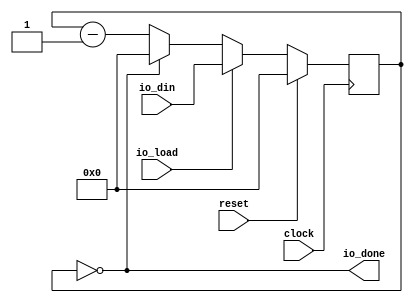
module timer(
  input        clock,
  input        reset,
  input  [7:0] io_din,
  input        io_load,
  output       io_done
);
`ifdef RANDOMIZE_REG_INIT
  reg [31:0] _RAND_0;
`endif // RANDOMIZE_REG_INIT
  reg [7:0] cntReg; // @[timer.scala 9:28]
  wire [7:0] _cntReg_T_1 = cntReg - 8'h1; // @[timer.scala 14:28]
  assign io_done = cntReg == 8'h0; // @[timer.scala 10:28]
  always @(posedge clock) begin
    if (reset) begin // @[timer.scala 9:28]
      cntReg <= 8'h0; // @[timer.scala 9:28]
    end else if (io_load) begin // @[timer.scala 11:24]
      cntReg <= io_din; // @[timer.scala 12:17]
    end else if (~io_done) begin // @[timer.scala 13:30]
      cntReg <= _cntReg_T_1; // @[timer.scala 14:17]
    end else begin
      cntReg <= 8'h0; // @[timer.scala 16:17]
    end
  end
// Register and memory initialization
`ifdef RANDOMIZE_GARBAGE_ASSIGN
`define RANDOMIZE
`endif
`ifdef RANDOMIZE_INVALID_ASSIGN
`define RANDOMIZE
`endif
`ifdef RANDOMIZE_REG_INIT
`define RANDOMIZE
`endif
`ifdef RANDOMIZE_MEM_INIT
`define RANDOMIZE
`endif
`ifndef RANDOM
`define RANDOM $random
`endif
`ifdef RANDOMIZE_MEM_INIT
  integer initvar;
`endif
`ifndef SYNTHESIS
`ifdef FIRRTL_BEFORE_INITIAL
`FIRRTL_BEFORE_INITIAL
`endif
initial begin
  `ifdef RANDOMIZE
    `ifdef INIT_RANDOM
      `INIT_RANDOM
    `endif
    `ifndef VERILATOR
      `ifdef RANDOMIZE_DELAY
        #`RANDOMIZE_DELAY begin end
      `else
        #0.002 begin end
      `endif
    `endif
`ifdef RANDOMIZE_REG_INIT
  _RAND_0 = {1{`RANDOM}};
  cntReg = _RAND_0[7:0];
`endif // RANDOMIZE_REG_INIT
  `endif // RANDOMIZE
end // initial
`ifdef FIRRTL_AFTER_INITIAL
`FIRRTL_AFTER_INITIAL
`endif
`endif // SYNTHESIS
endmodule